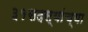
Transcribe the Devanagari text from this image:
३१सदस्यांच्या